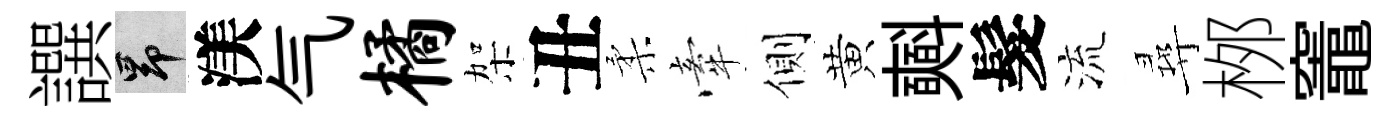
譔昂渼气橘架丑柔牽側黄𣂏髮流尋桞竈